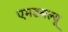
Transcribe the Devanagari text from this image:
एमडबल्यू